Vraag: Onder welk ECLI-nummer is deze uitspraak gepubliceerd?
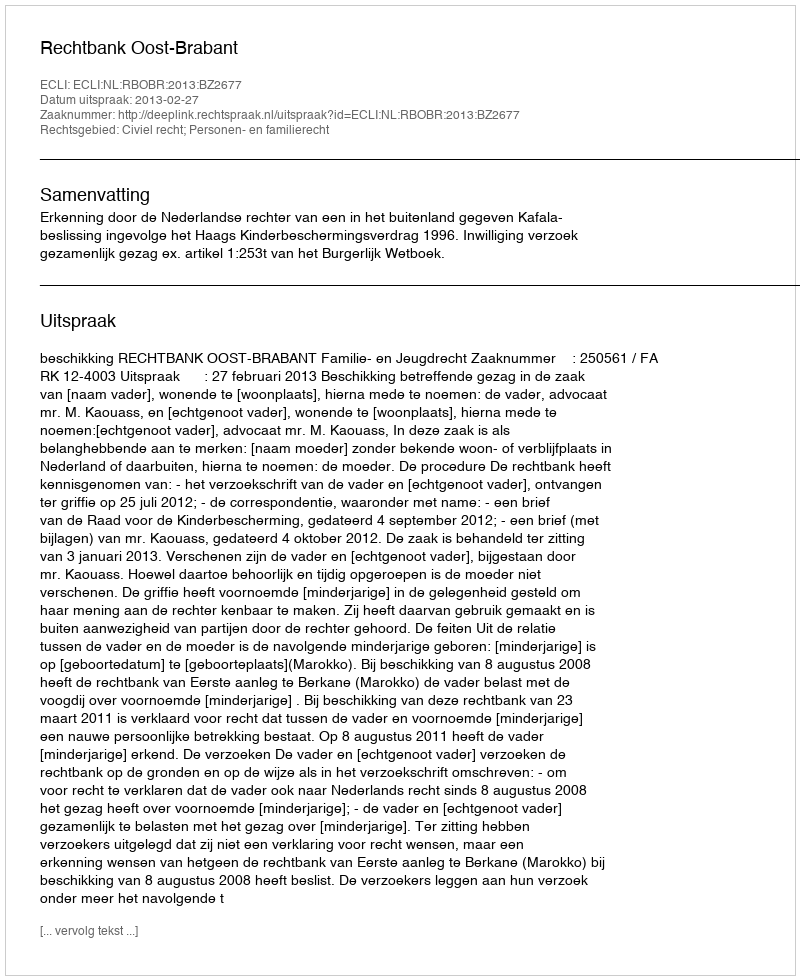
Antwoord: ECLI:NL:RBOBR:2013:BZ2677